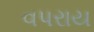
વપરાય